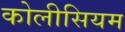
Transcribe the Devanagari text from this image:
कोलीसियम